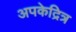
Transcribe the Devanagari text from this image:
अपकेद्रित्र